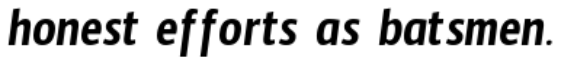
honest efforts as batsmen.